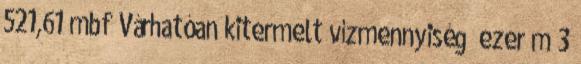
521,61 mbf Várhatóan kitermelt vízmennyiség ezer m 3